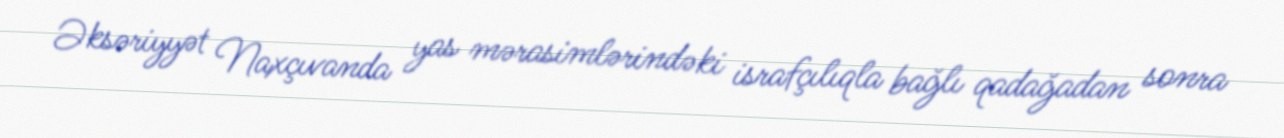
Əksəriyyət Naxçıvanda yas mərasimlərindəki israfçılıqla bağlı qadağadan sonra